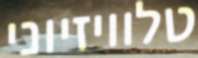
טלוויזיוני